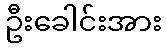
ဦးခေါင်းအား